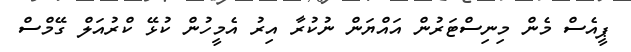
ޕީއެސް މެން މިނިސްޓަރުން އައްޔަން ނުކުރާ އިރު އެމީހުން ކުޅޭ ކްރުއަލް ގޭމްސް